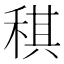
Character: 稘